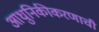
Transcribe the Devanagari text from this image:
आधुनिकीकरणाची